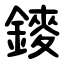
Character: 䥑